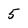
Character: 5